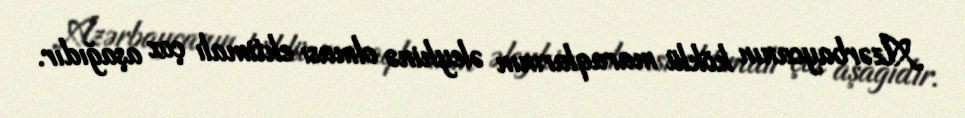
Azərbaycanın köklü maraqlarının əleyhinə olması ehtimalı çox aşağıdır.